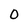
Character: 0